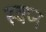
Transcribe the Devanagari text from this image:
स्‍वप्‍न